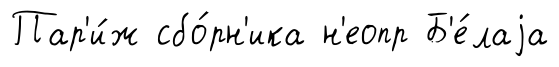
Пар'и́ж сбо́рн'ика н'еопр Б'е́лаjа